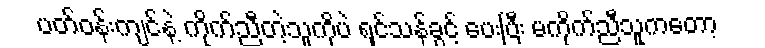
ပတ်ဝန်းကျင်နဲ့ ကိုက်ညီတဲ့သူကိုပဲ ရှင်သန်ခွင့် ပေးပြီး မကိုက်ညီသူကတော့